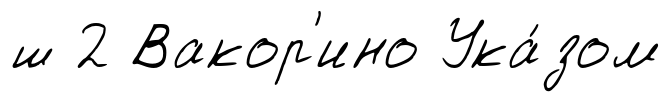
ш 2 Вакор'ино Ука́зом